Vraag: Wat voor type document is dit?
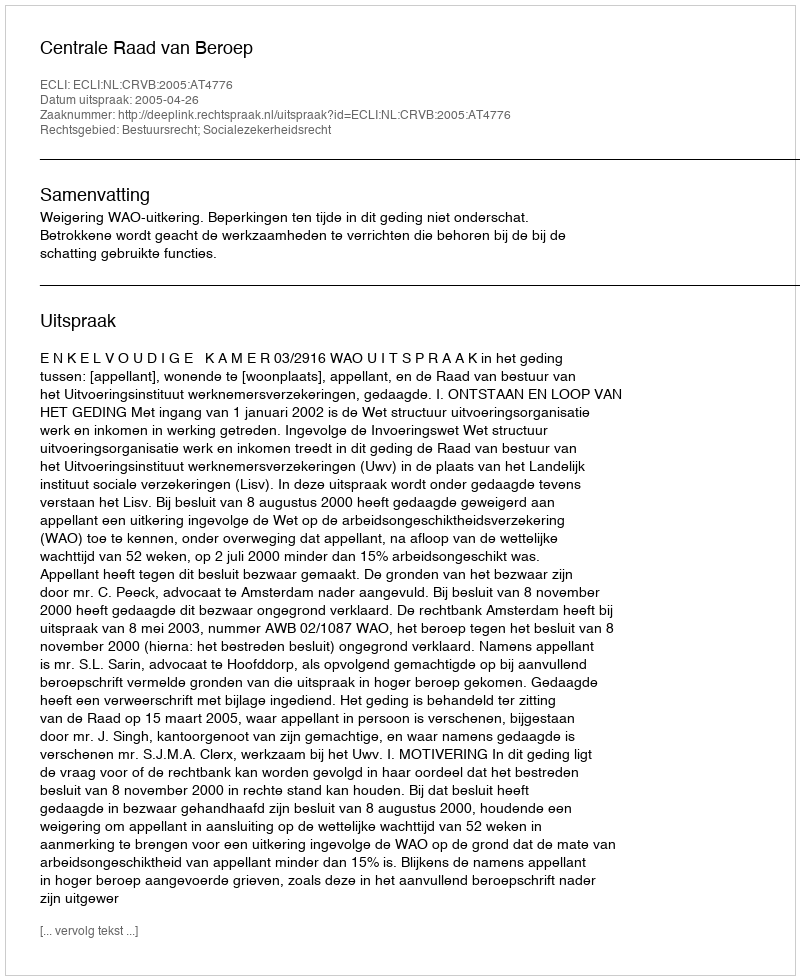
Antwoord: Uitspraak